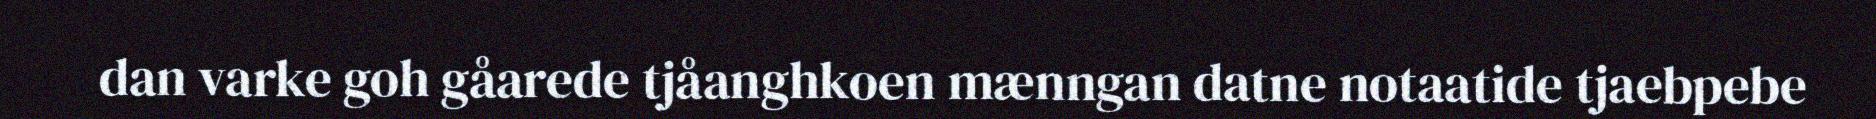
dan varke goh gåarede tjåanghkoen mænngan datne notaatide tjaebpebe